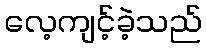
လေ့ကျင့်ခဲ့သည်